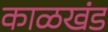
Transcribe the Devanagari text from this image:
काळखंड